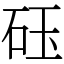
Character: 砡